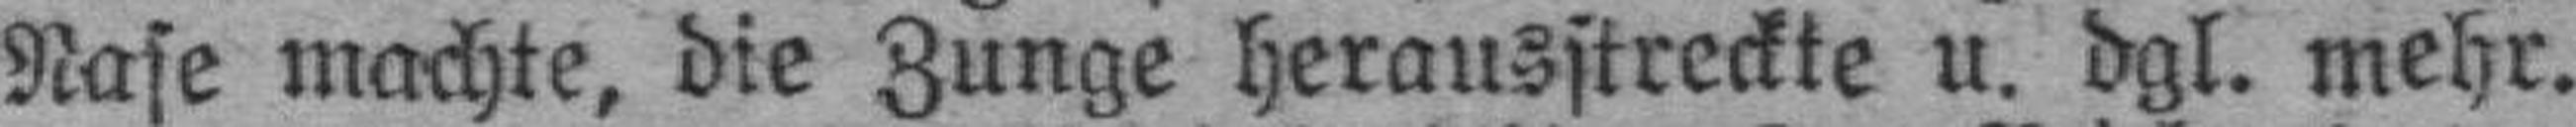
Nase machte, die Zunge herausstreckte u. dgl. mehr.